Leaving Certificate Examination, 1921
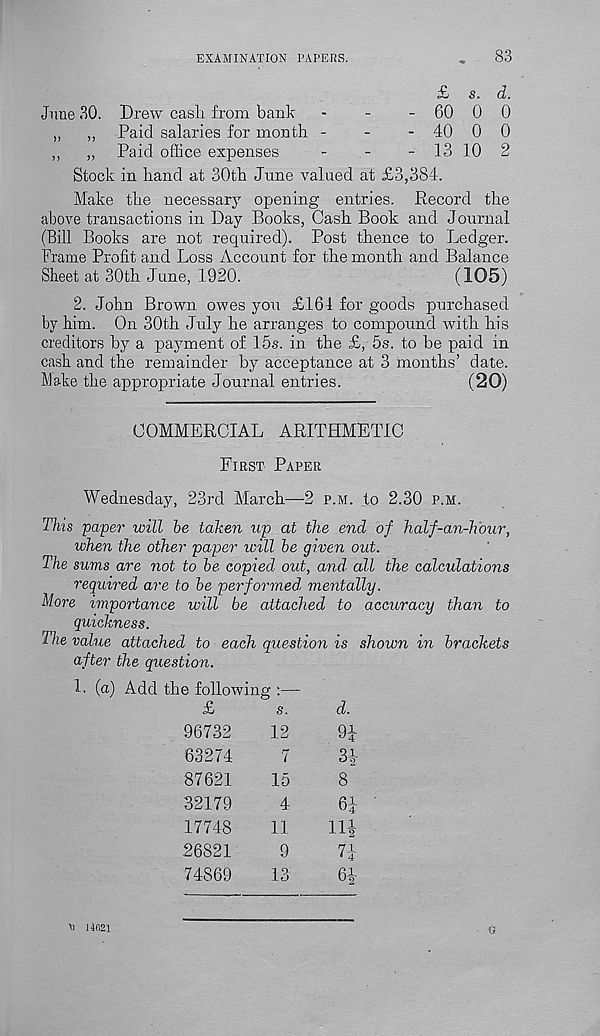
EXAMINATION PAPERS.
83
£ s. d.
June 30. Drew cash from bank
-
-
- 60 0 0
„
„ Paid salaries for month -
-
- 40 0 0
,,
„ Paid office expenses
-
-
- 13 10 2
Stock in hand at 30th June valued at £3,384.
Make the necessary opening entries. Record the
above transactions in Day Books, Cash Book and Journal
(Bill Books are not required). Post thence to Ledger.
Frame Profit and Loss Account for the month and Balance
Sheet at 30th June, 1920.
(105)
2. John Brown owes you £161 for goods purchased
by him. On 30th July he arranges to compound with his
creditors by a payment of 15s. in the £, 5s. to be paid in
cash and the remainder by acceptance at 3 months’ date.
Make the appropriate Journal entries.
(20)
COMMERCIAL ARITHMETIC
First Paper
Wednesday, 23rd March—2 p.m. to 2.30 p.m.
This paper will he taken up at the end of half-an-h our,
when the other paper will he given out.
The sums are not to he copied out, and- all the calculations
required are to he performed, mentally.
More importance will be attached to accuracy than to
quickness.
The value attached to each question is shown in brackets
after the question.
1. (a) Add the following :—
£
s.
d.
96732
12
9i
63274
7
Sir
87621
15
8
32179
4
6i
17748
11
11|
26821
9
7-1-
74869
13
ft-
H 14621